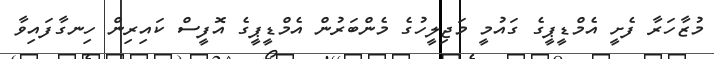
މުޒާހަރާ ފެށީ އެމްޑީޕީގެ ގައުމީ މަޖިލީހުގެ މެންބަރުން އެމްޑީޕީގެ އޮފީސް ކައިރިން ހިނގާފައިވާ